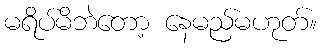
မရိပ်မိဘဲတော့ နေမည်မဟုတ်။